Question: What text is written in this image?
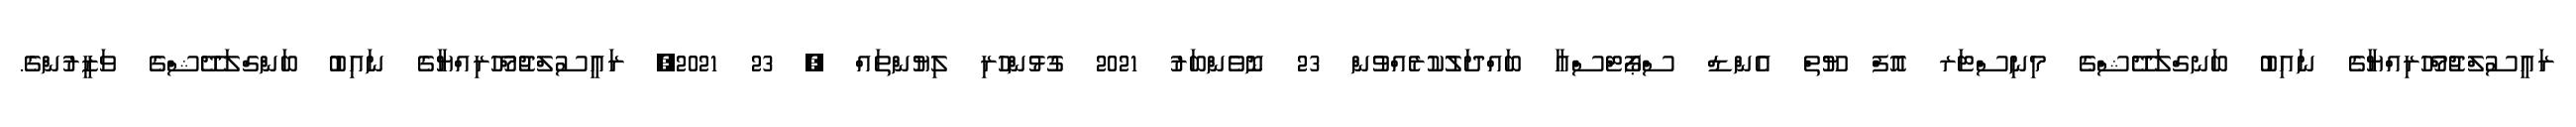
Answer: ރައީސުލްޖުމްހޫރިއްޔާގެ ނައިބު ބަނގްލަދޭޝްގެ މިނިސްޓަރ އޮފް ޔޫތް އެންޑް ސްޕޯޓްސްއާ ބައްދަލުކުރެއްވުން 23 ނޮވެންބަރު 2021 ގުޅުންހުރި ލިޔުންތައް , 23 2021, ރައީސުލްޖުމްހޫރިއްޔާގެ ނައިބު ބަންގްލަދޭޝްގެ ވަޒީރުންގެ.